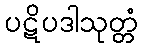
ပဋိပဒါသုတ္တံ